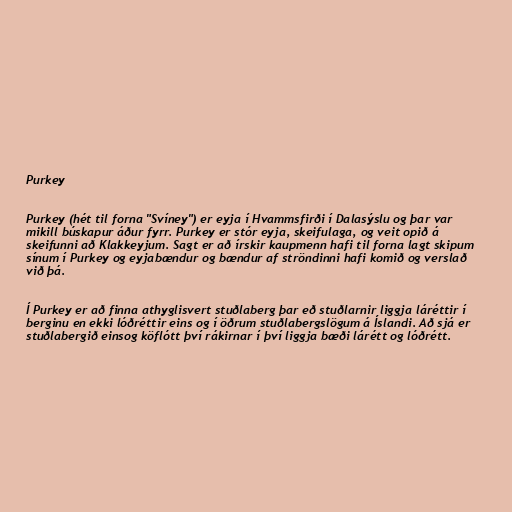
Purkey

Purkey (hét til forna "Svíney") er eyja í Hvammsfirði í Dalasýslu og þar var
mikill búskapur áður fyrr. Purkey er stór eyja, skeifulaga, og veit opið á
skeifunni að Klakkeyjum. Sagt er að írskir kaupmenn hafi til forna lagt skipum
sínum í Purkey og eyjabændur og bændur af ströndinni hafi komið og verslað
við þá.

Í Purkey er að finna athyglisvert stuðlaberg þar eð stuðlarnir liggja láréttir í
berginu en ekki lóðréttir eins og í öðrum stuðlabergslögum á Íslandi. Að sjá er
stuðlabergið einsog köflótt því rákirnar í því liggja bæði lárétt og lóðrétt.